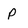
Character: P